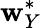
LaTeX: \mathbf{w}_{Y}^{*}